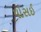
પોસઈ